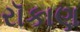
રૉકાણ